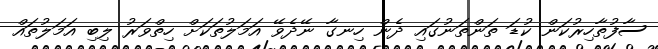
ސާފުތާހިރުކަން ކުޑަ ތަންތަނުގައި ދެން ހިނގާ ނޭދެވޭ އަމަލުތަކަށް ހިތްވަރު ލިބި އަމަލުތައް